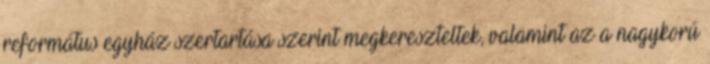
református egyház szertartása szerint megkereszteltek, valamint az a nagykorú